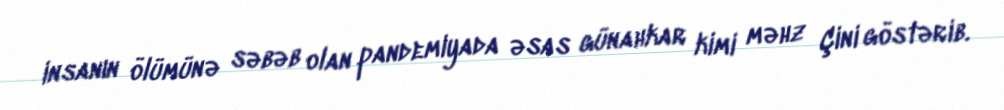
insanın ölümünə səbəb olan pandemiyada əsas günahkar kimi məhz Çini göstərib.